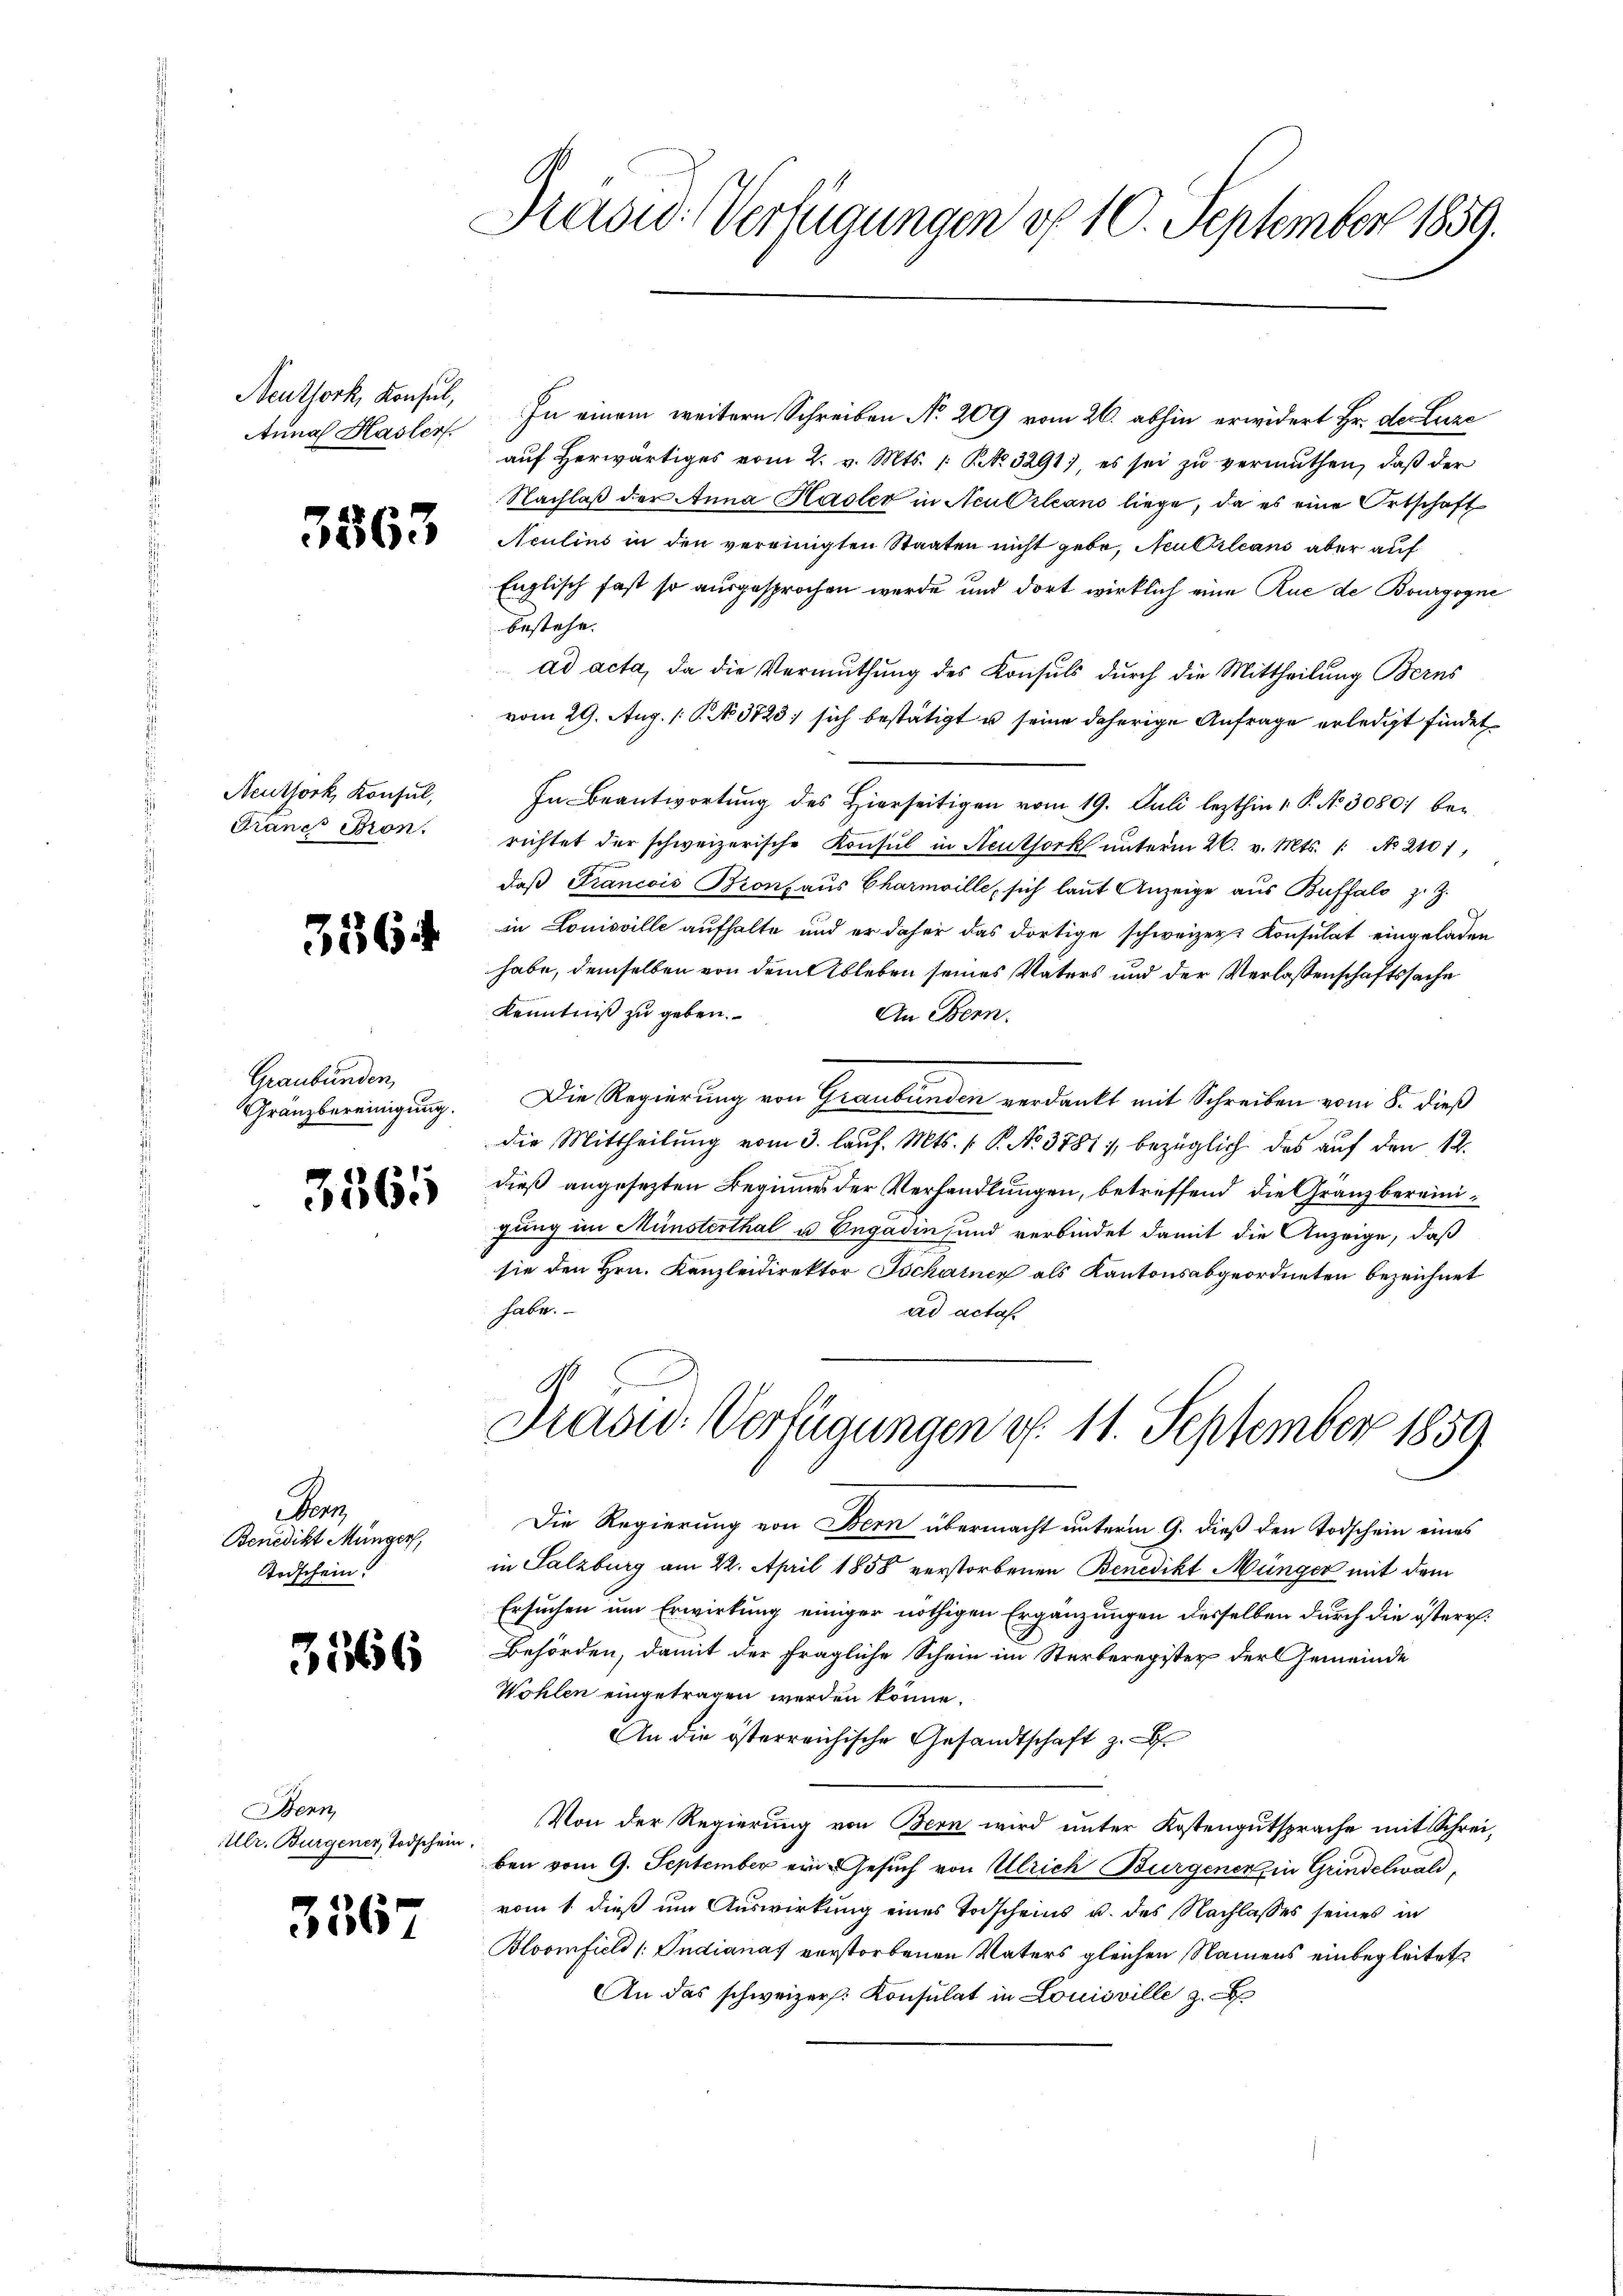
Neuthork, Konsul,
Aunal Hasler

5863

Neuthork, Konsul,
Frane Bron.

3564

Graubünden
Gränzbereinigung.

3565

Pa
Benedikt Müngers,
Todschein!

3566

Benn
Ulr. Burgener Todschein

3567

Prasw. Verfügungen uf 10. September 1859.

In einem weitern Schreiben No 209 vom 26. abhin erwidert Hr. der Luze
aŭf herwärtiges vom 2. v. Mts. 1. No. 3291, es sei zŭ vermuthen, daß der
Nachlaß der Anna Hasler in Neu Orleans liege, da es eine Ortschaft
Aculins in den vereinigten Staaten nicht gebe, Neu Orleans aber auf
Englisch fast so ausgesprochen werde und dort wirklich eine Rue de Bourgogne
bestehe.
ad acta, da die Vermuthung des Konsuls durch die Mittheilung Berns
vom 29. Aug. 1. No. 3723; sich bestätigt u seine daherige Anfrage erledigt findet
In Beantwortung des Hierseitigen vom 19. Juli lezthin v. P. No 30801 bei
richtet der schweizerische Konsul in Neuthork unterm 26. v. Mts. 1. No 2107,
daß Francois Bronf aus Charmoille, sich laut Anzeige aus Buffalo z. Z.
in Louisville aufhalte und er daher das dortige schweizers Konsulat eingeladen
habe, demselben von dem Ableben seines Vaters und der Verlassenschaftssache
Kenntniß zu geben.
An Bern.
Die Regierung von Graubünden verdankt mit Schreiben vom 8. dieß
die Mittheilung vom 3. lauf. Mts. ( P. No. 3781; bezüglich das auf den 12.
dieß angesezten Beginne der Verhandlungen, betreffend die Granz bereinigung im Münsterthal u. Engadin und verbindet damit die Anzeige, daß
sie den Hrn. Kanzleidirektor Tschainer als Kantonsabgeordneten bezeichnet
habe.
ad actas.
A
Präsid. Verfügungen d. 11. September 1859
Die Regierung von Bern übermacht unterm 9. dieß den Todschein eines
in Salzburg am 22. April 1858 verstorbenen Benedikt Münger mit dem
Ersuchen um Erwirkung einiger nöthigen Ergänzungen desselben durch die österr.
Behörden, damit der fragliche Schein im Sterberegister der Gemeinde
Wohlen eingetragen werden könne.
An die österreichische Gesandtschaft z.
Von der Regierung von Bern wird unter Kostengutsprache mit Schreiben vom 9. September ein Gesuch von Ulrich Burgener in Grindelwald,
vom 1. dieß um Auswirkung eines Todscheins u. des Nachlasses seines in
Bloomfiel (Indianas vorstorbenen Vaters gleichen Namens einbegleitet
An das schweizer. Konsulat in Louisville 3.